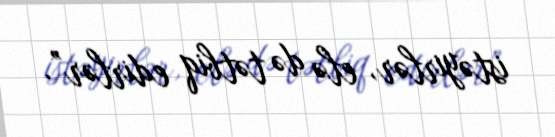
istəyirlər, elə də tətbiq edirlər”.